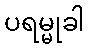
ပရမ္မုခါ